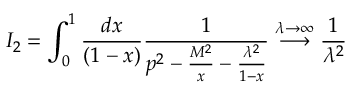
I _ { 2 } = \int _ { 0 } ^ { 1 } \frac { d x } { ( 1 - x ) } \frac { 1 } { p ^ { 2 } - \frac { M ^ { 2 } } { x } - \frac { \lambda ^ { 2 } } { 1 - x } } \stackrel { \lambda \rightarrow \infty } { \longrightarrow } \frac { 1 } { \lambda ^ { 2 } }